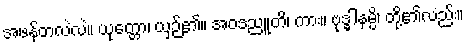
အဖန်တလဲလဲ။ ယုတ္တော၊ ယှဉ်၏။ အဝဒညူတိ၊ ကား။ ဗုဒ္ဓါနမ္ပိ၊ တို့၏လည်း။